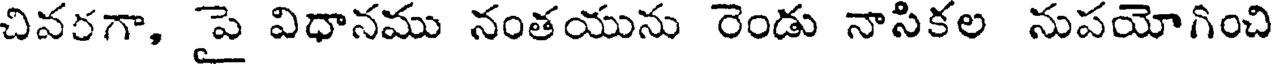
చివరగా, పై విధానము నంతయును రెండు నాసికల నుపయోగించి